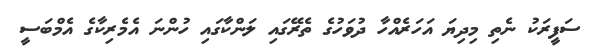
ސަފީރަކު ނެތި މިދިޔަ އަހަރެއްހާ ދުވަހުގެ ތެރޭގައި ލަންކާގައި ހުންނަ އެމެރިކާގެ އެމްބަސީ